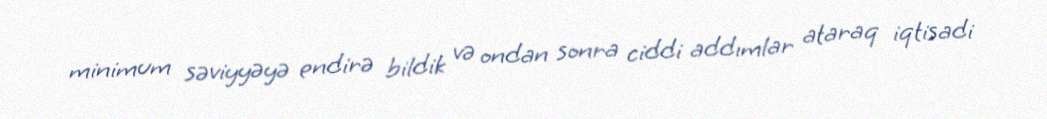
minimum səviyyəyə endirə bildik və ondan sonra ciddi addımlar ataraq iqtisadi